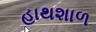
હાથશાળ